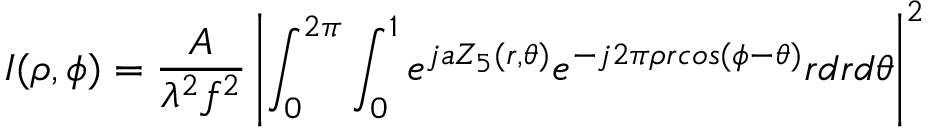
I ( \rho , \phi ) = \frac { A } { \lambda ^ { 2 } f ^ { 2 } } \left| \int _ { 0 } ^ { 2 \pi } \int _ { 0 } ^ { 1 } e ^ { j a Z _ { 5 } ( r , \theta ) } e ^ { - j 2 \pi \rho r c o s ( \phi - \theta ) } r d r d \theta \right| ^ { 2 }